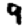
Digit: 9